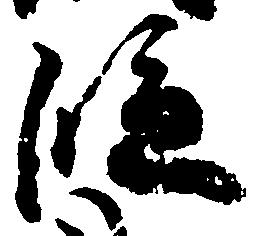
段